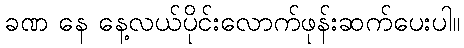
ခဏ နေ နေ့လယ်ပိုင်းလောက်ဖုန်းဆက်ပေးပါ။